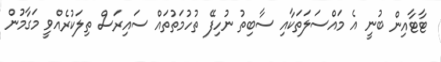
ޓާޓާއިން ބުނީ އެ މައްސަލަތަކާއި ސާބިތު ނުހިފޭ ތުހުމަތުތައް ސައިރަސް ތިލަކުރެއްވީ މަގާމުން